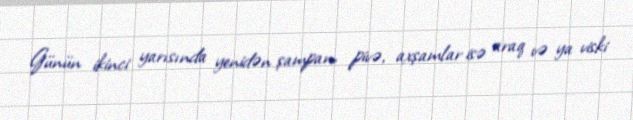
Günün ikinci yarısında yenidən şampan, pivə, axşamlar isə araq və ya viski